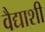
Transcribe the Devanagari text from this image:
वैद्याशी